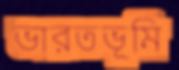
ভারতভূমি